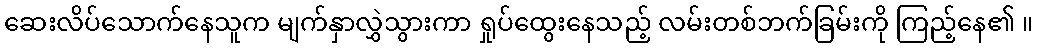
ဆေးလိပ်သောက်နေသူက မျက်နှာလွှဲသွားကာ ရှုပ်ထွေးနေသည့် လမ်းတစ်ဘက်ခြမ်းကို ကြည့်နေ၏ ။